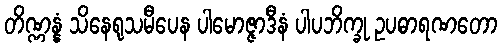
တိဏ္ဏန္နံ သိနေရုသမီပေန ပါမောဇ္ဇာဒီနံ ပါပဘိက္ခု ဥပဓာရဏတော